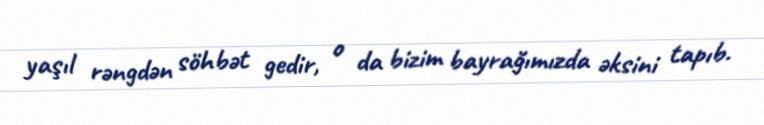
yaşıl rəngdən söhbət gedir, o da bizim bayrağımızda əksini tapıb.